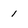
Character: 1